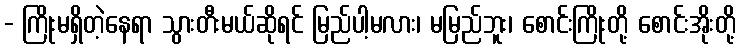
- ကြိုးမရှိတဲ့နေရာ သွားတီးမယ်ဆိုရင် မြည်ပါ့မလား၊ မမြည်ဘူး၊ စောင်းကြိုးတို့ စောင်းအိုးတို့